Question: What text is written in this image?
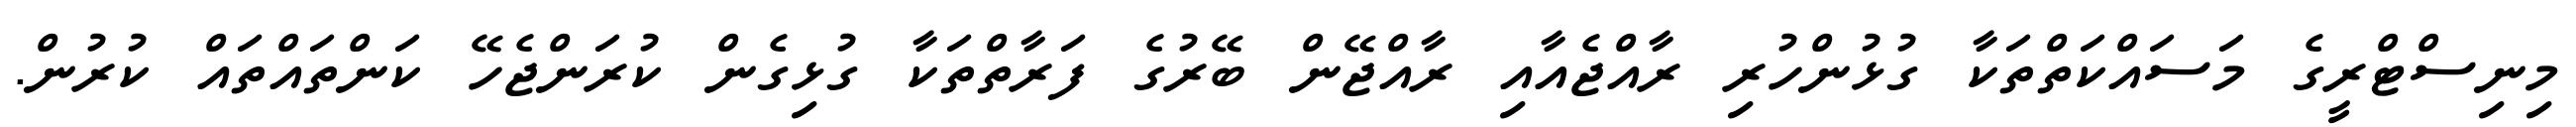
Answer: މިނިސްޓްރީގެ މަސައްކަތްތަކާ ގުޅުންހުރި ރާއްޖެއާއި ރާއްޖޭން ބޭރުގެ ފަރާތްތަކާ ގުޅިގެން ކުރަންޖެހޭ ކަންތައްތައް ކުރުން.